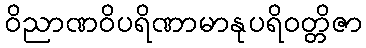
ဝိညာဏဝိပရိဏာမာနုပရိဝတ္တိဇာ